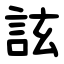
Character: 詃